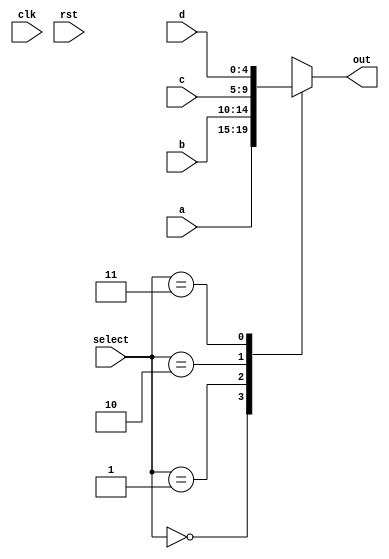
`timescale 1ns / 1ps
//////////////////////////////////////////////////////////////////////////////////
// Company: 
// Engineer: 
// 
// Design Name: 
// Module Name:    mux4x1 
// Project Name: 
// Target Devices: 
// Tool versions: 
// Description: 
//
// Dependencies: 
//
// Revision: 
// Revision 0.01 - File Created
// Additional Comments: 
//
//////////////////////////////////////////////////////////////////////////////////
module mux4x1(
input clk, rst,
input [4:0] a,b,c,d,
input [1:0] select,
output reg [4:0] out
    );
always @(a or b or c or d or select) begin
	case(select)
		2'b00:begin
			out = a;
		end
		2'b01:begin
			out = b;
		end
		2'b10:begin
			out = c;
		end
		2'b11:begin
			out = d;
		end
	endcase
end

endmodule